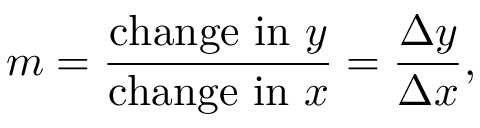
m = { \frac { { \mathrm { c h a n g e ~ i n ~ } } y } { { \mathrm { c h a n g e ~ i n ~ } } x } } = { \frac { \Delta y } { \Delta x } } ,